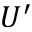
U ^ { \prime }